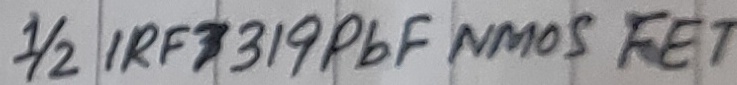
Text: 1/2 IRF 7319PbF NMOS FET